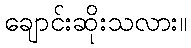
ချောင်းဆိုးသလား။